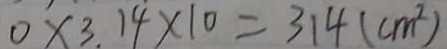
0 \times 3 . 1 4 \times 1 0 = 3 1 4 ( c m ^ { 2 } )